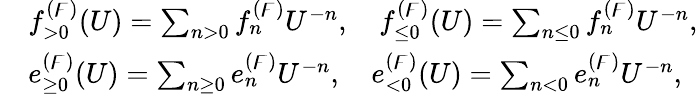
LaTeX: \begin{array}{rl}&{f_{>0}^{(\digamma)}(U)=\sum_{n>0}f_{n}^{(\digamma)}U^{-n},\quad f_{\leq 0}^{(\digamma)}(U)=\sum_{n\leq 0}f_{n}^{(\digamma)}U^{-n},}\\ &{e_{\geq 0}^{(\digamma)}(U)=\sum_{n\geq 0}e_{n}^{(\digamma)}U^{-n},\quad e_{<0}^{(\digamma)}(U)=\sum_{n<0}e_{n}^{(\digamma)}U^{-n},}\end{array}